system: You are a helpful assistant.
user:
Analyze the provided spectrum to determine if it is a **"Cataclysmic Variables (CV)"**.

- **Key Indicators for CV (Check for either state):**
    - **State 1: Quiescent / Low-State (Emission-Dominated)**
        - **(Primary):** Strong and *very broad* Hydrogen Balmer emission lines (e.g., $H\alpha$ at 6563 Å, $H\beta$ at 4861 Å). The 'broadness' (high velocity dispersion, often FWHM > 1000 km/s) is the key diagnostic, indicating a high-velocity accretion disk.
        - **(Secondary):** Broad neutral Helium (He I) emission lines (e.g., 5876 Å, 6678 Å).
        - **(Key Confirmation):** Presence of high-excitation *ionized* Helium (He II) emission at 4686 Å. This is a strong indicator of accretion onto a white dwarf.
        - **(Line Profile):** Emission lines may exhibit a 'double-peaked' profile, which is a classic signature of a rotating accretion disk viewed at high inclination.

    - **State 2: Outburst / High-State (Absorption-Dominated)**
        - **(Primary):** Spectrum is dominated by a bright, blue continuum (looks like a hot star).
        - **(Secondary):** The emission lines from State 1 are weak, absent, or 'filled in', and are replaced by broad, shallow *absorption* lines (primarily Balmer and He I).
        - **(Morphology):** The overall spectrum mimics a hot B/A-type star. The crucial difference is that the absorption lines are significantly broader, shallower, and more 'washed-out' (or 'smeared') than the sharp lines of a normal stellar photosphere, due to high rotational speeds and pressure broadening in the disk.

Think first, call **spectral_visualization_tool** if needed to examine features in detail, then provide your final answer. Your response must adhere to the following strict rules:
1.  **Overall Structure:** Your response must follow the format `<think>...</think> <tool_call>...</tool_call> (if a tool is used) <answer>...</answer>`.
2.  **Tool Usage Constraint:** You may only make **one** tool call per turn.
3.  **Final Answer Format:** In the `<answer>` tag, your conclusion must be inside a `\boxed{}` command (e.g., `\boxed{YES}`), followed by your justification.

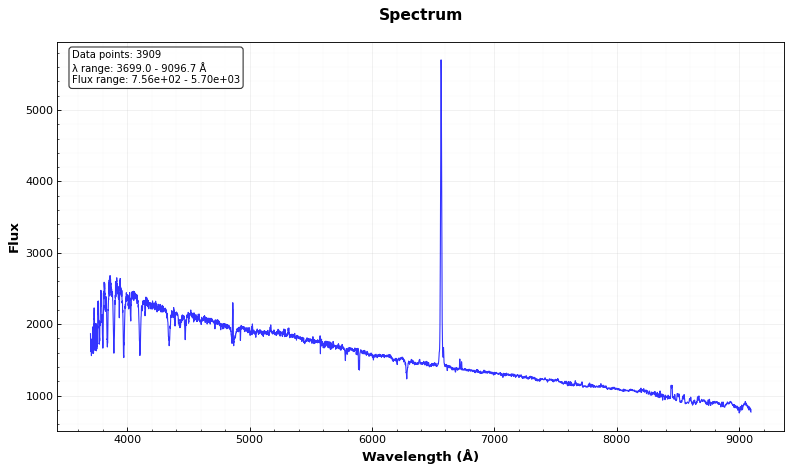
Answer: NO